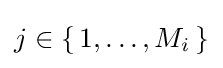
j\in {\{\,1,\dots ,M_{i}\,{}\}}